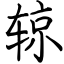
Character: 辌